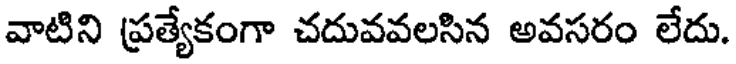
వాటిని ప్రత్యేకంగా చదువవలసిన అవసరం లేదు.